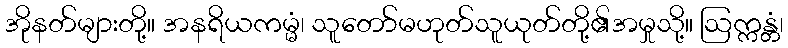
အိုနတ်များတို့။ အနရိယကမ္မံ၊ သူတော်မဟုတ်သူယုတ်တို့၏အမှုသို့။ ဩက္ကန္တံ၊